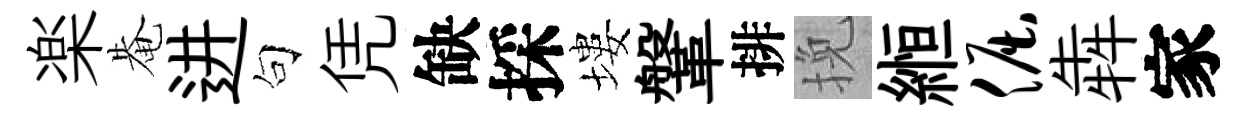
楽𤲅进句凭缺採塿鞶排挽縆倔犇家